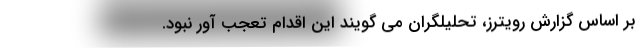
بر اساس گزارش رویترز، تحلیلگران می گویند این اقدام تعجب آور نبود.